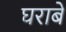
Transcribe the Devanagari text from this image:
घराबे